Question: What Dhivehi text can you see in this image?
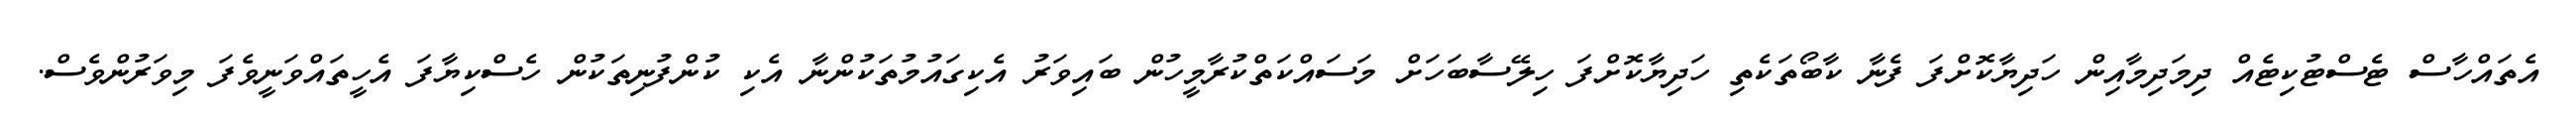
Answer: އެތައްހާސް ޓެސްޓުކިޓެއް ދިމަދިމާއިން ހަދިޔާކޮށްފަ ފެނާ ކާބޯތަކެތި ހަދިޔާކޮށްފަ ހިލޭސާބަހަށް މަސައްކަތްކުރާމީހުން ބައިވަރު އެކިގައުމުތަކުންނާ އެކި ކުންފުނިތަކުން ހެސްކިޔާފަ އެހީތައްވަނީވެފަ މިވަރުންވެސް.